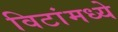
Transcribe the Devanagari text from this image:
विटांमध्ये